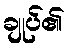
ချုပ်၏